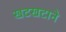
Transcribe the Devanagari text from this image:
खटखटाने